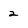
Character: 2